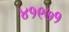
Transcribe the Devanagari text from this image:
४१९७१